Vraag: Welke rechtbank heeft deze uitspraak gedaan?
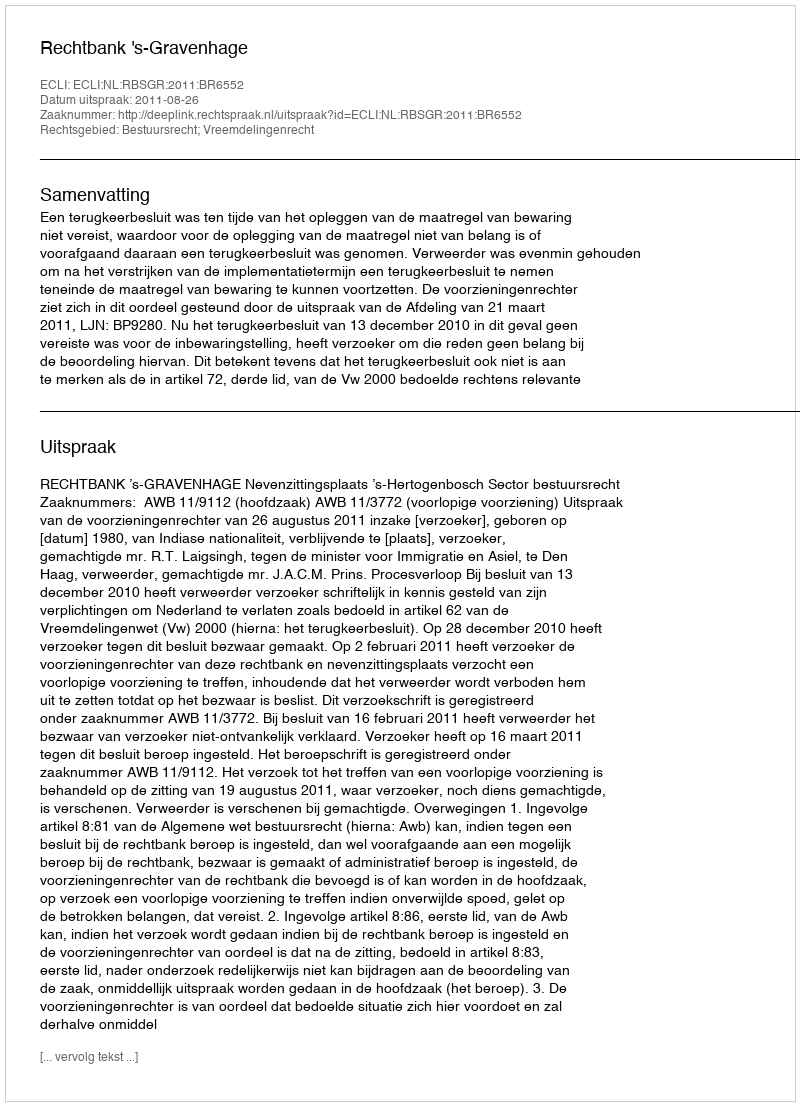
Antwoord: Rechtbank 's-Gravenhage